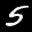
Label: 5